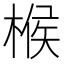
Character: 㮢